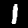
Label: 1